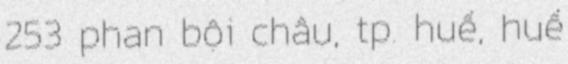
253 phan bội châu, tp. huế, huế